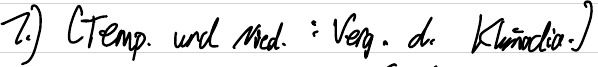
1.) (Temp. und Nied. : Verg. d. Klimadia.)